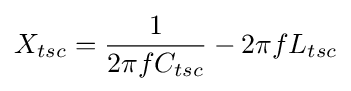
X_{tsc}={{1 \over {2\pi fC_{tsc}}}-2\pi fL_{tsc}}